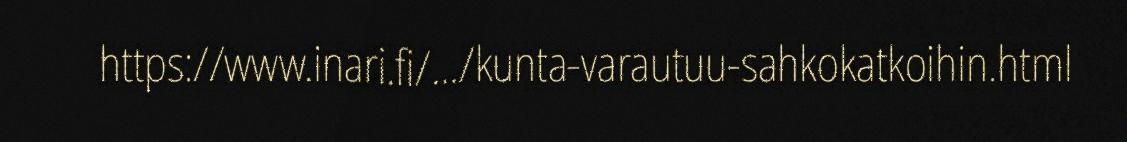
https://www.inari.fi/.../kunta-varautuu-sahkokatkoihin.html